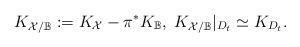
LaTeX: \begin{align*}K_{\mathcal X/\mathbb B}:=K_{\mathcal X}-\pi^*K_{\mathbb B}, \ K_{\mathcal X/\mathbb B}|_{D_t} \simeq K_{D_t}.\end{align*}